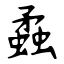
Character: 蟊